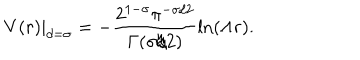
V ( r ) | _ { d = \sigma } = - \frac { 2 ^ { 1 - \sigma } \pi ^ { - \sigma / 2 } } { \Gamma ( \sigma / 2 ) } \ln ( \Lambda r ) .